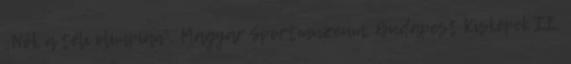
„Nők a téli olimpián”, Magyar Sportmúzeum, Budapest Kisképek II.